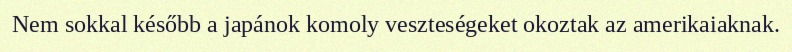
Nem sokkal később a japánok komoly veszteségeket okoztak az amerikaiaknak.